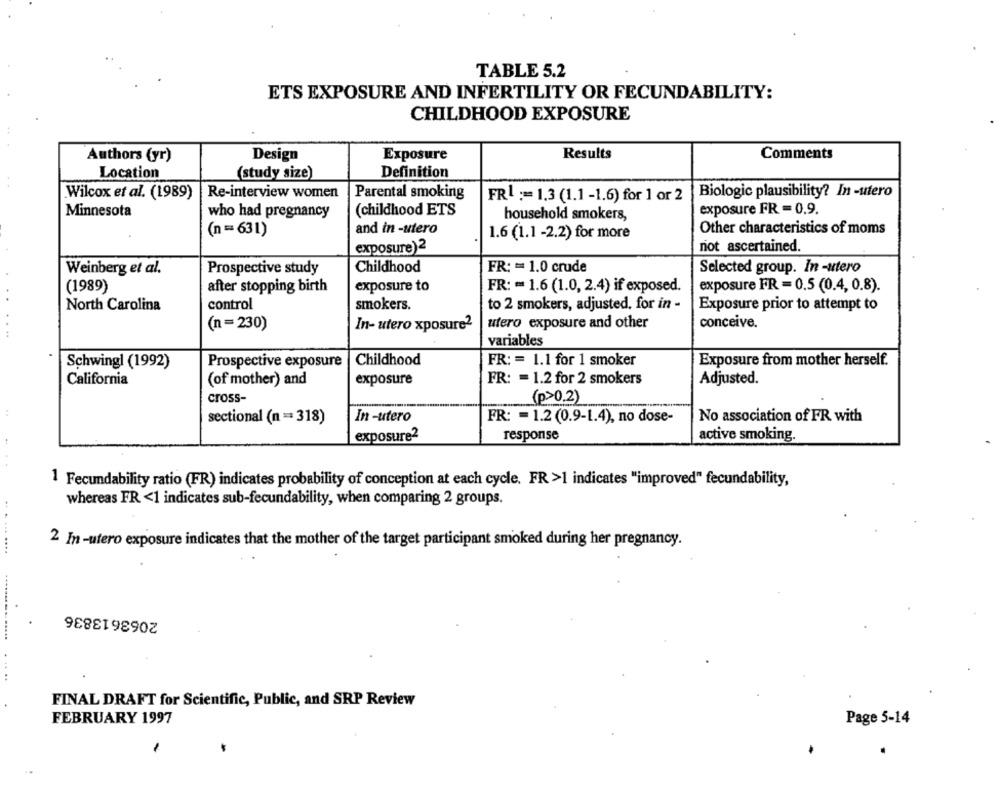
TABLE 5.2
ETS EXPOSURE AND INFERTILITY OR FECUNDABILITY:
CHILDHOOD EXPOSURE
Authors (yr)
Design
Exposure
Results
Comments
Location
(study size)
Definition
Wilcox et al. (1989)
Re-interview women
Parental smoking
FRI := 1.3 (1.1 -1.6) for 1 or 2
Biologic plausibility? In -utero
Minnesota
who had pregnancy
(childhood ETS
exposure FR = 0.9.
household smokers,
(n = 631)
and in -utero
1.6 (1.1 -2.2) for more
Other characteristics of moms
exposure)2
not ascertained.
Weinberg et al.
Childhood
FR: = 1.0 crude
Selected group. In -utero
Prospective study
(1989)
after stopping birth
exposure to
FR: = 1.6 (1.0, 2.4) if exposed.
exposure FR = 0.5 (0.4, 0.8).
North Carolina
control
smokers.
to 2 smokers, adjusted, for in -
Exposure prior to attempt to
utero exposure and other
conceive.
(n =230)
In- utero xposure2
variables
Schwingl (1992)
Prospective exposure
Childhood
FR: = 1.1 for 1 smoker
Exposure from mother herself.
California
(of mother) and
exposure
FR: = 1.2 for 2 smokers
Adjusted.
cross-
(p>0.2)
sectional (n = 318)
In -utero
FR: = 1.2 (0.9-1.4), no dose-
No association of FR with
response
active smoking.
:
exposure2
1 Fecundability ratio (FR) indicates probability of conception at each cycle. FR >1 indicates "improved" fecundability,
whereas FR <1 indicates sub-fecundability, when comparing 2 groups.
2 In-utero exposure indicates that the mother of the target participant smoked during her pregnancy.
2063613836
. ..
FINAL DRAFT for Scientific, Public, and SRP Review
Page 5-14
FEBRUARY 1997